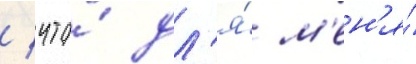
/ что́ дл'я́ м'ен'я́